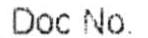
DOC NO: